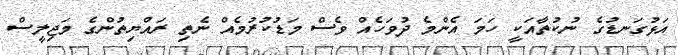
އަޅުގަނޑުގެ ނުކުތާއަކީ ހަމަ އެންމެ ދުވަހެއް ވެސް މަޑުކުރުމެއް ނެތި ރައްޔިތުންގެ މަޖިލީސް